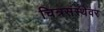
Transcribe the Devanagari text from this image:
चित्रसंस्थेवर